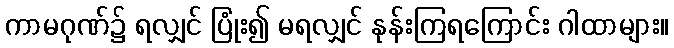
ကာမဂုဏ်၌ ရလျှင် ပြုံး၍ မရလျှင် နုန်းကြရကြောင်း ဂါထာများ။